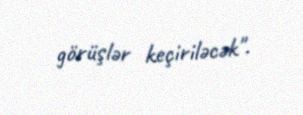
görüşlər keçiriləcək".